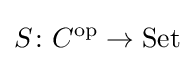
S\colon C^{\rm {op}}\to {\rm {Set}}